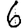
Digit: 6